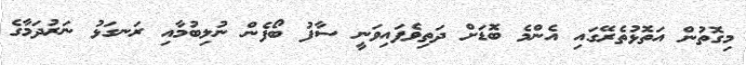
މިގޮތުން އަތޮޅުތެރޭގައި އެންމެ ބޮޑަށް ދަތިވެފައިވަނީ ސާފު ބޯފެން ނުލިބުމާއި ރަނގަޅު ނަރުދަމާގެ